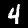
Digit: 4